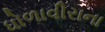
ધોળાવીરાના